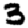
Digit: 3